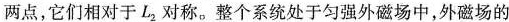
两点，它们相对于L_{2}对称。整个系统处于匀强外磁场中，外磁场的